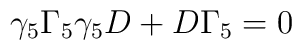
\gamma_{5}\Gamma_{5}\gamma_{5}D+D\Gamma_{5}=0